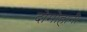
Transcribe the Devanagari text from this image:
दोमोहानी